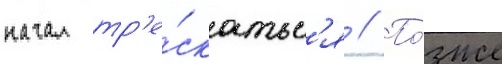
начал тр'е́скатьс'я // По́зже